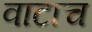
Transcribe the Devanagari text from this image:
वाटाच